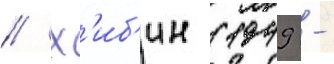
// Х'иб'ин (1949 -